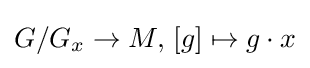
G/G_{x}\to M,\,[g]\mapsto g\cdot x